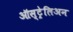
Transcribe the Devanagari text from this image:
ऑस्ट्रेलिअन